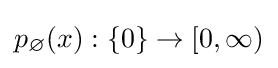
p_{\varnothing }(x):\{0\}\to [0,\infty )